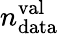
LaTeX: n_{\mathrm{data}}^{\mathrm{val}}